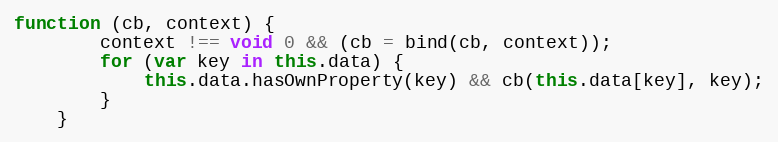
Language: JavaScript
function (cb, context) {
        context !== void 0 && (cb = bind(cb, context));
        for (var key in this.data) {
            this.data.hasOwnProperty(key) && cb(this.data[key], key);
        }
    }